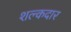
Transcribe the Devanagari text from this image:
शल्कदार